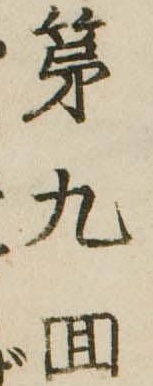
第九回